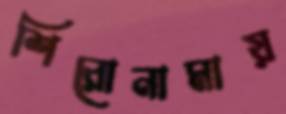
শিরোনামায়